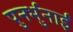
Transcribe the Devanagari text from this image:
पुनर्भुनाई